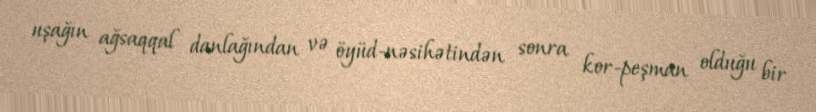
uşağın ağsaqqal danlağından və öyüd-nəsihətindən sonra kor-peşman olduğu bir